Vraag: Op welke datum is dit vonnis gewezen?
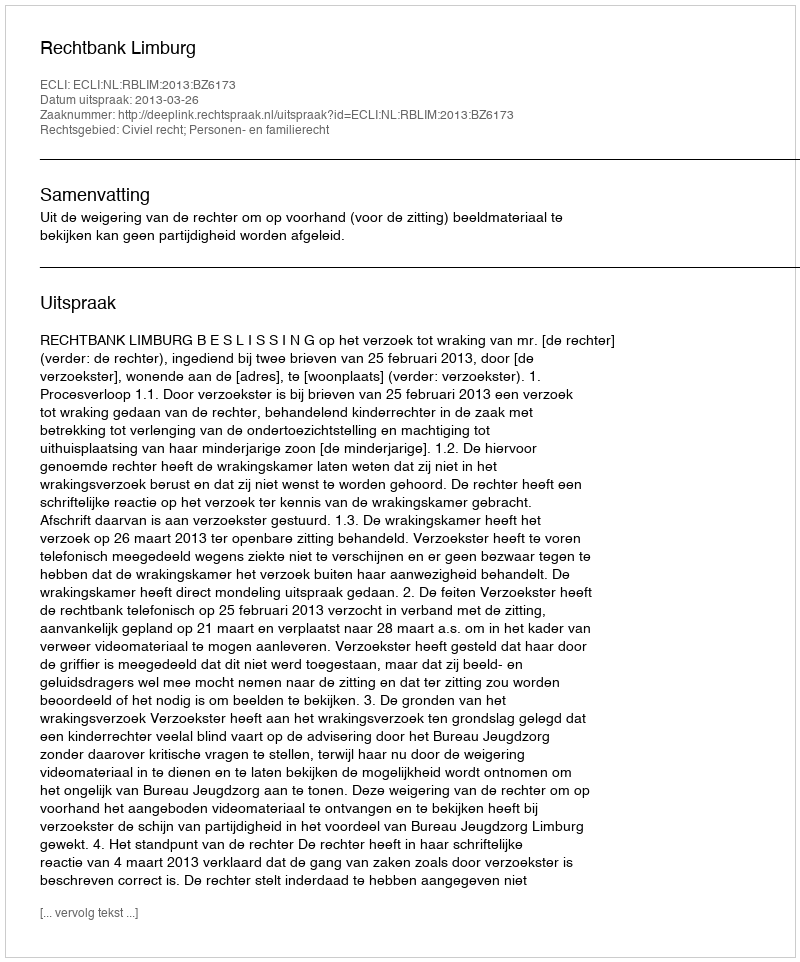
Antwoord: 2013-03-26